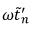
\omega \tilde { t } _ { n } ^ { \prime }